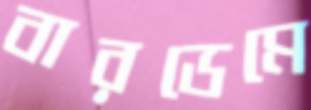
বারডেমে